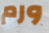
ورم